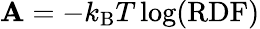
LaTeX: \mathbf{A}=-k_{\mathrm{{B}}}T\log(\mathrm{{RDF}})